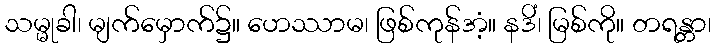
သမ္မုခါ၊ မျက်မှောက်၌။ ဟေဿာမ၊ ဖြစ်ကုန်အံ့။ နဒိံ၊ မြစ်ကို။ တရန္တာ၊